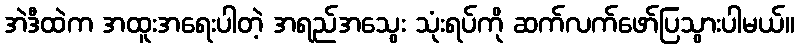
အဲဒီထဲက အထူးအရေးပါတဲ့ အရည်အသွေး သုံးရပ်ကို ဆက်လက်ဖော်ပြသွားပါမယ်။